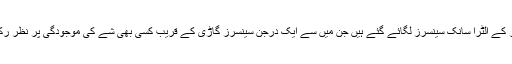
آٹو پائلٹ میں بہت چھوٹے سائز کے الٹرا سانک سینسرز لگائے گئے ہیں جن میں سے ایک درجن سینسرز گاڑی کے قریب کسی بھی شے کی موجودگی پر نظر رکھنے کے لیے لگائے گئے ہیں۔